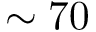
\sim 7 0